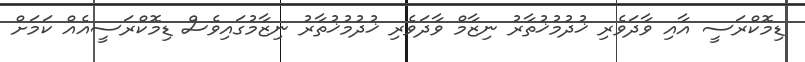
ޑިމޮކްރަސީ އާއި ވާދަވެރި ޚުދުމުޚުތާރު ނިޒާމް ވާދަވެރި ޚުދުމުޚުތާރު ނިޒާމުގައިވެސް ޑިމޮކްރަސީއެއް ކަމަށް